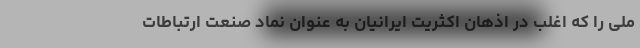
ملی را که اغلب در اذهان اکثریت ایرانیان به عنوان نماد صنعت ارتباطات